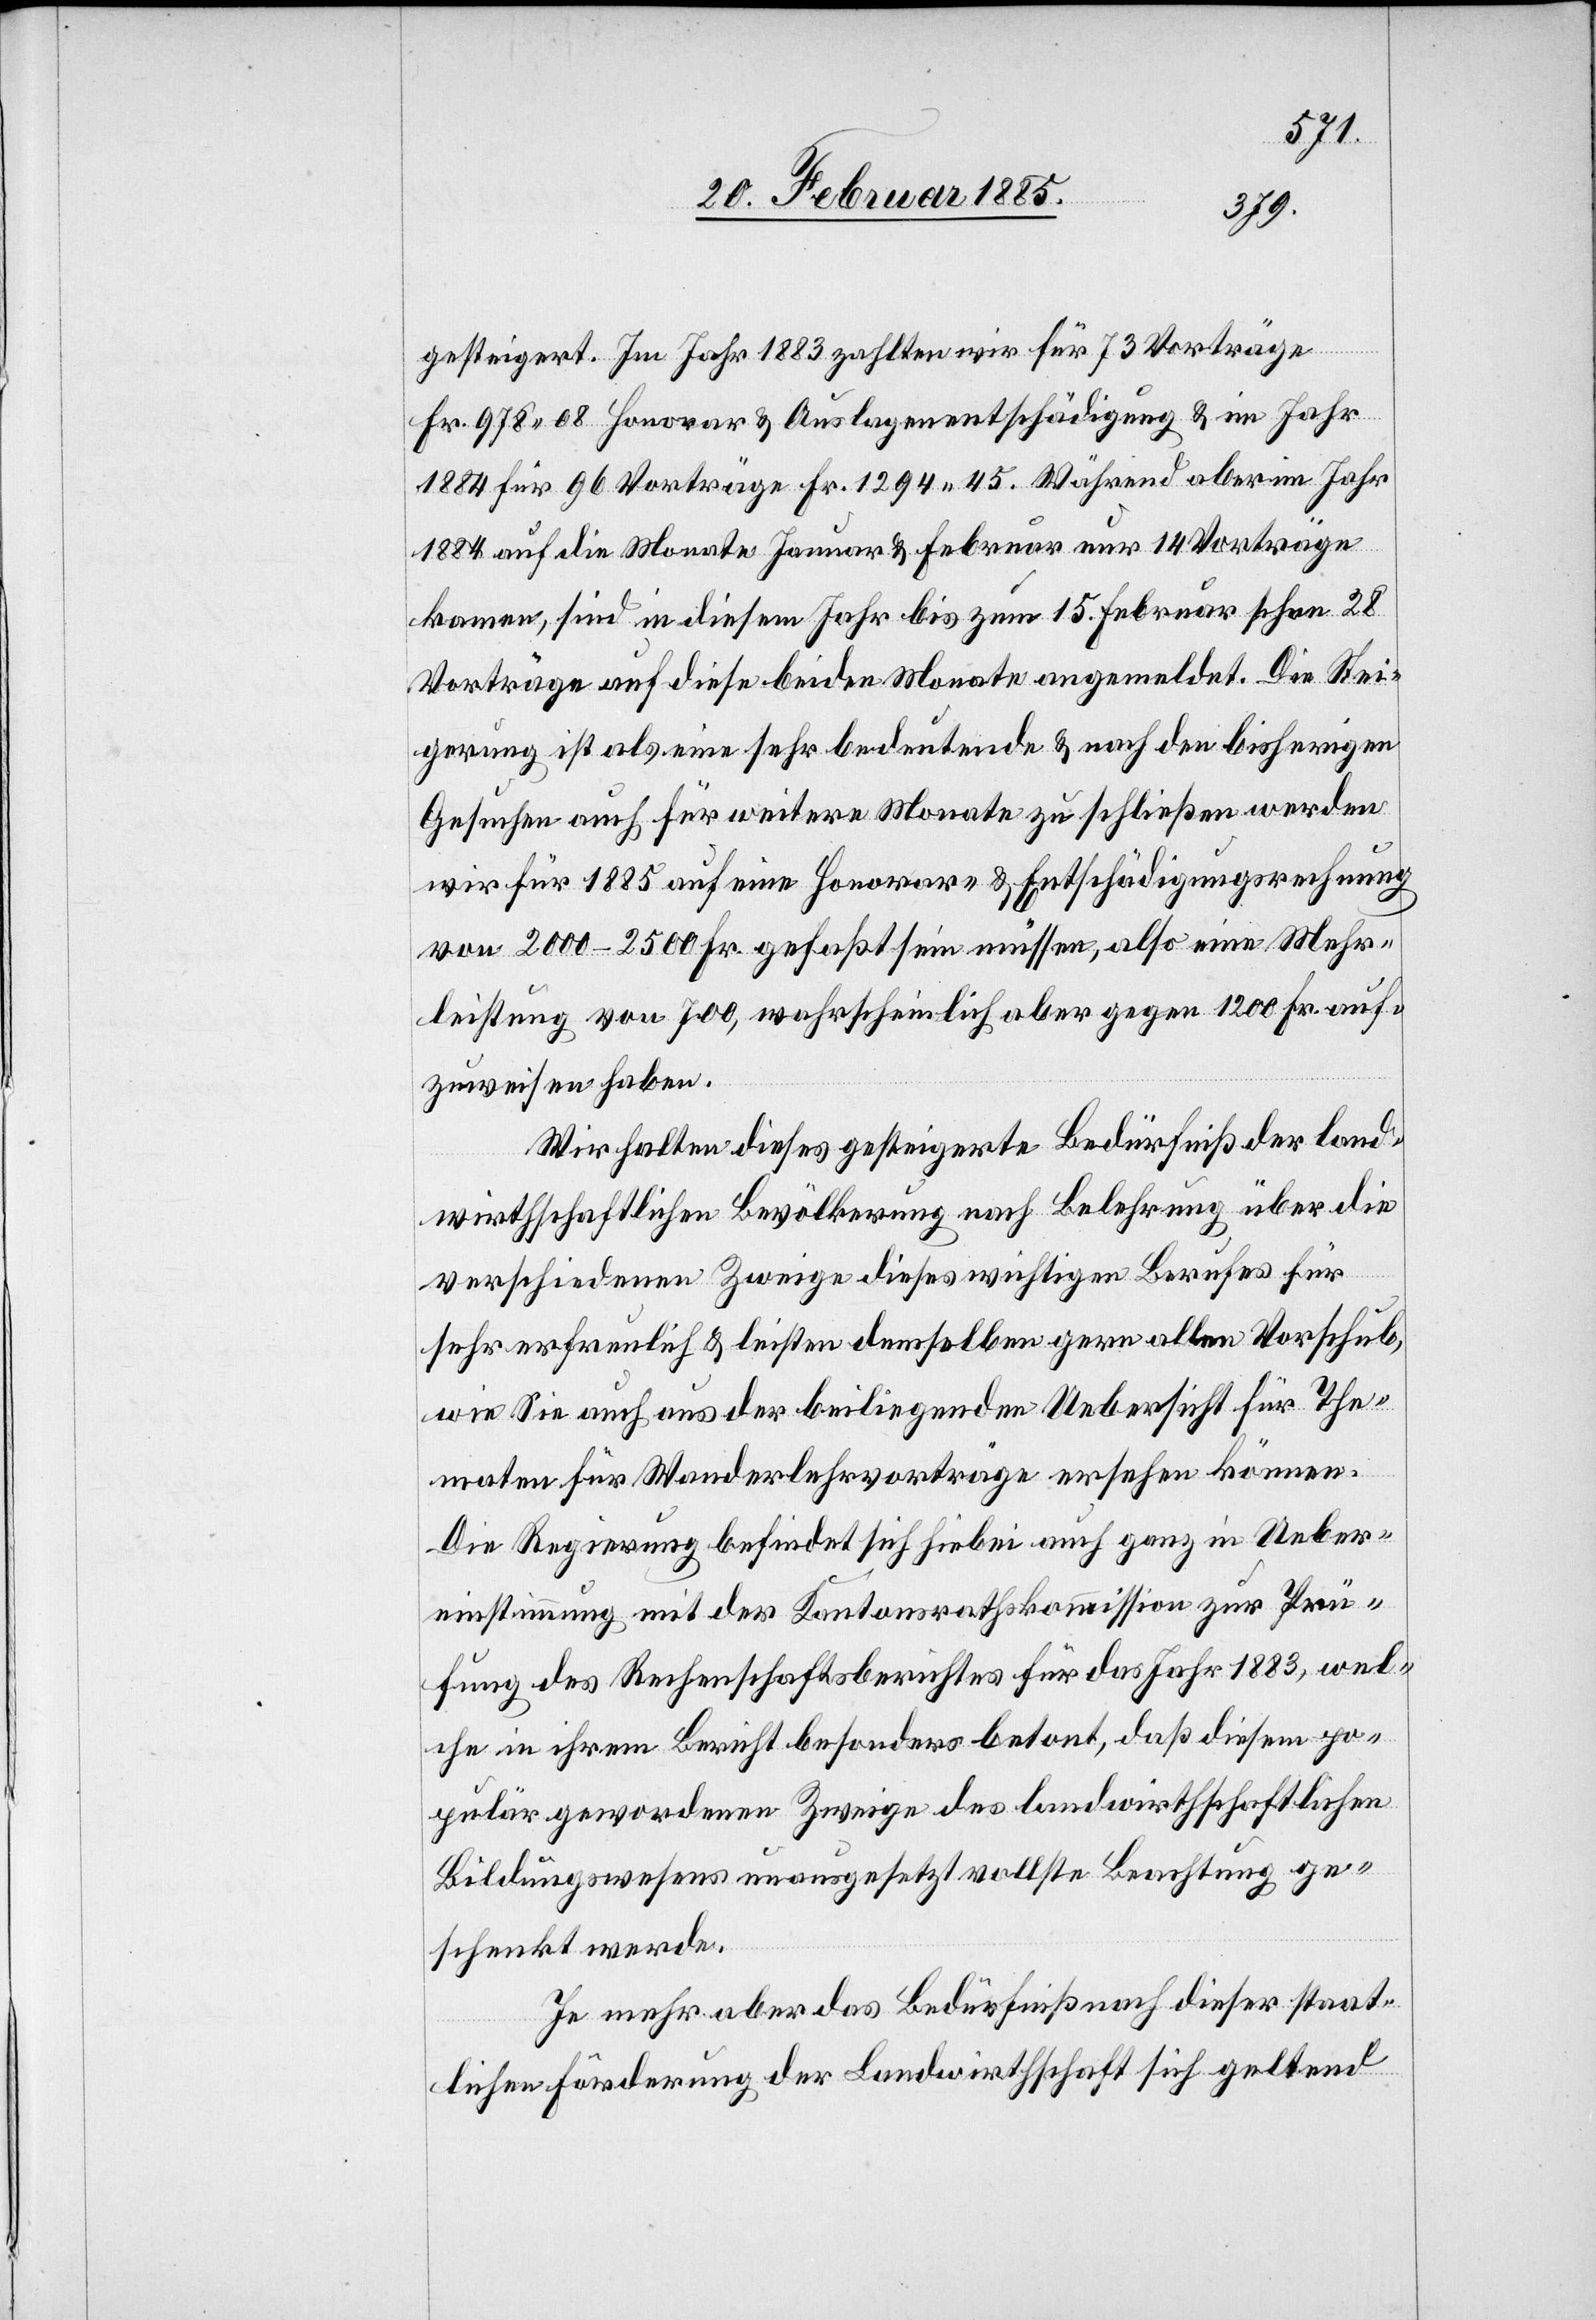
gesteigert. Im Jahr 1883 zahlten wir für 73 Vorträge
Fr. 978 68 Honorar & Auslagenentschädigung & im Jahr
1884 für 96 Vorträge Fr. 1294 45. Während aber im Jahr
1884 auf die Monate Januar & Februar nur 14 Vorträge
kamen, sind in diesem Jahr bis 15. Februar schon 28
Vorträge auf diese beiden Monate angemeldet. Die Stei¬
gerung ist als eine sehr bedeutende & nach den bisherigen
Gesuchen auch für weitere Monate zu schließen werden
wir für 1885 auf eine Honorar- & Entschädigungsrechnung
von 2000–2500 Fr. gefaßt sein müssen, also eine Mehr¬
leistung von 700, wahrscheinlich aber gegen 1200 Fr. auf¬
zuweisen haben.
Wir halten dieses gesteigerte Bedürfniß der land¬
wirthschaftlichen Bevölkerung nach Belehrung über die
verschiedenen Zweige dieses wichtigen Berufes für
sehr erfreulich & leisten demselben gern allen Vorschub,
wie Sie auch aus der beiliegenden Uebersicht für The¬
maten für Wanderlehrvorträge ersehen können.
Die Regierung befindet sich hierbei auch ganz in Ueber¬
einstimmung mit der Kantonsrathskommission zur Prü¬
fung des Rechenschaftsberichtes für das Jahr 1883, wel¬
che in ihrem Bericht besonders betont, das diesem po¬
pulär gewordenen Zweige des landwirthschaftlichen
Bildungswesens unausgesetzt vollste Beachtung ge¬
schenkt werde.
Je mehr aber das Bedürfniß nach dieser staat¬
lichen Förderung der Landwirthschaft sich geltend